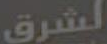
الشرق